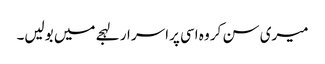
میری سن کر وہ اسی پراسر ار لہجے میں بولیں۔